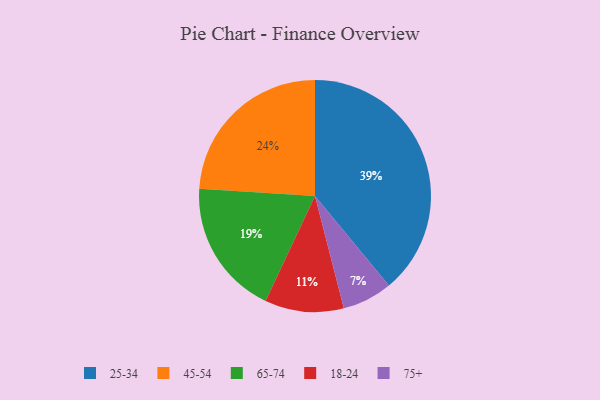
{"axis": {"x": "Category", "y": "Percentage"}, "legend": ["18-24", "25-34", "45-54", "65-74", "75+"], "data": [{"x": "65-74", "y": 19, "type": "65-74"}, {"x": "18-24", "y": 11, "type": "18-24"}, {"x": "45-54", "y": 24, "type": "45-54"}, {"x": "25-34", "y": 39, "type": "25-34"}, {"x": "75+", "y": 7, "type": "75+"}]}